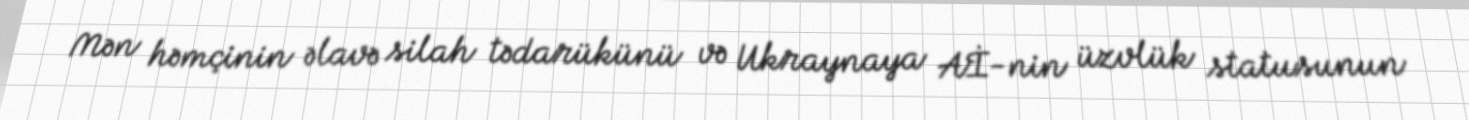
Mən həmçinin əlavə silah tədarükünü və Ukraynaya Aİ-nin üzvlük statusunun